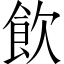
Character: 飲